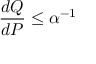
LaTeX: { \frac { d Q } { d P } } \leq \alpha ^ { - 1 }